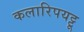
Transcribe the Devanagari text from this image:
कलारिपयट्टू